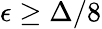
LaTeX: \epsilon\ge\Delta/8